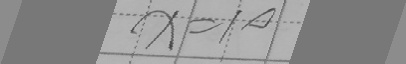
x = 1 0